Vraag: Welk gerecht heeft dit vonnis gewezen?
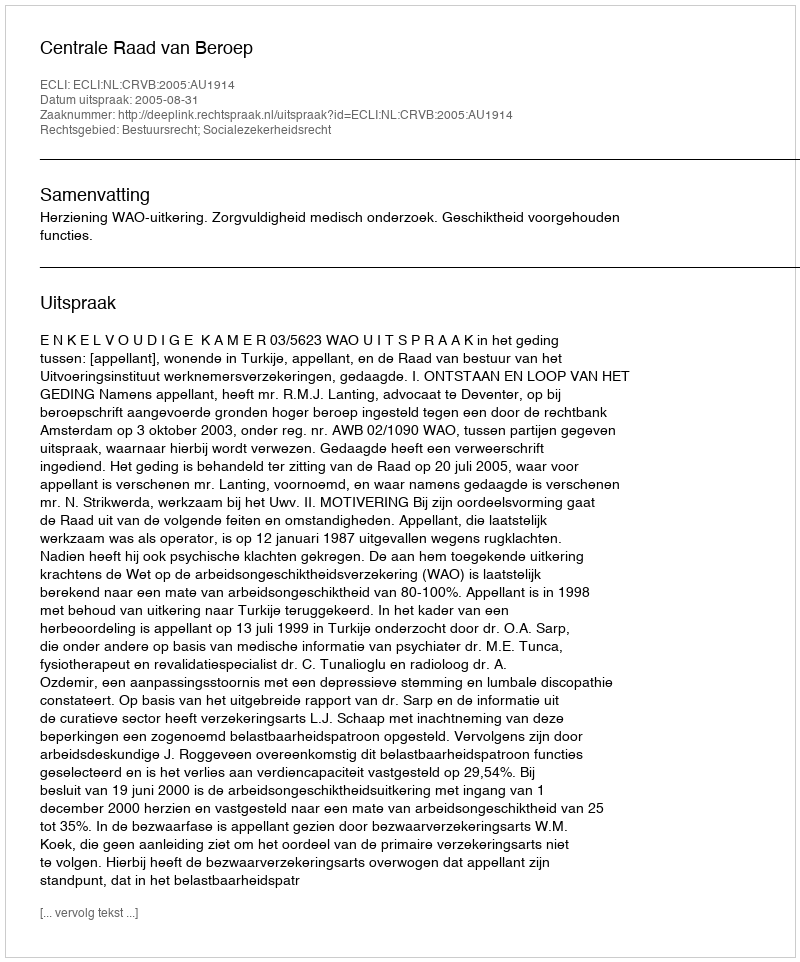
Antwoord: Centrale Raad van Beroep